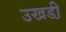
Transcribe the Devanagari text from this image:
उखडी़